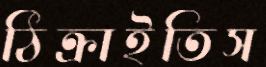
ঠিক্‌রাইতিস